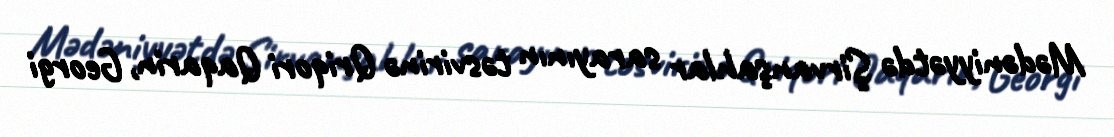
Mədəniyyətdə Şirvanşahlar sarayının təsvirinə Qriqori Qaqarin, Georgi